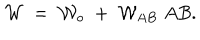
{ \cal W } \; = \; { \cal W } _ { o } \; + \; { \cal W } _ { A B } \; A B .